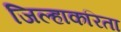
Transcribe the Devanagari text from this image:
जिल्हाकरिता